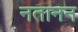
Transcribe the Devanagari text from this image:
नतानन